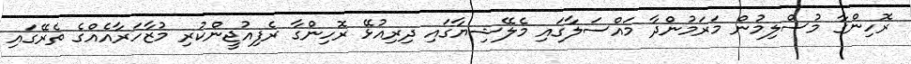
ރޮހިންގާ މުސްލިމުން މަރަމުންދާ މައްސަލާގައި މެލޭޝިޔާގައި ދިރިއުޅޭ ރޮހިންގާ ރެފިއުޖީންކުރި މުޒާހަރާއެއްގެ ތެރޭގައި